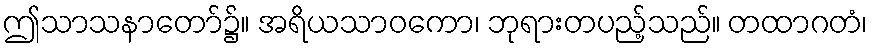
ဤသာသနာတော်၌။ အရိယသာဝကော၊ ဘုရားတပည့်သည်။ တထာဂတံ၊